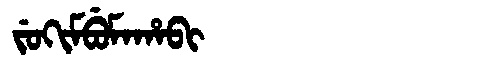
Manchu: ᠵᡠᡴᡳᠮᠪᡠᠮᠠᡥᠠᠪᡳ
Romanization: JUKIMBUMAHABI